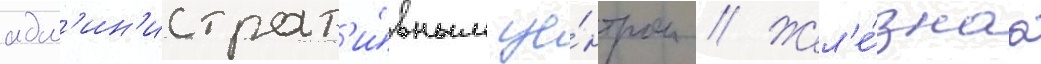
адм'ин'истрат'и́вным це́нтром // Жел'е́знаа